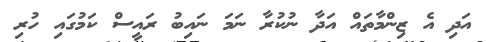
އަދި އެ ޒިންމާތައް އަދާ ނުކުރާ ނަމަ ނައިބު ރައީސް ކަމުގައި ހުރި